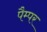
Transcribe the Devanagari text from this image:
पैम्पर